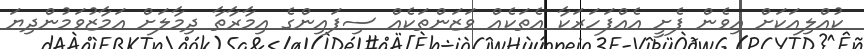
ކުއްލިއަކަށް އިވެން ފެށީ އެއްފަހަރަކާ އެތަކެއް ވަޒަންތަކެއް ސިފައިންގެ އިމާރާތާ ދިމާލަށް އަމާޒުވަމުންދިޔަ